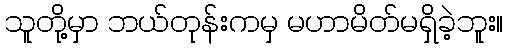
သူတို့မှာ ဘယ်တုန်းကမှ မဟာမိတ်မရှိခဲ့ဘူး။